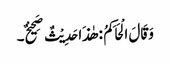
وَقَالَ الْحَاکِمُ : ھٰذَا حَدِیْثٌ صَحِیْحٌ۔